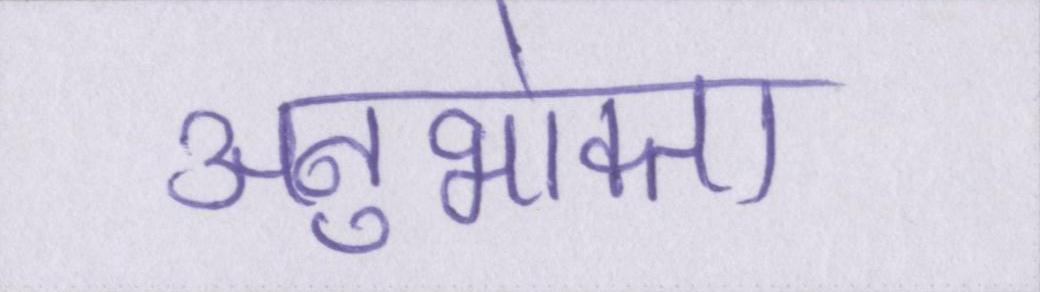
अनुभोक्ता